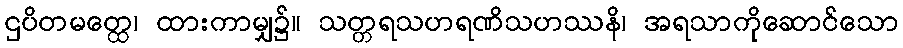
ဌပိတမတ္ထေ၊ ထားကာမျှ၌။ သတ္တရသဟရဏိသဟဿနိ၊ အရသာကိုဆောင်သော